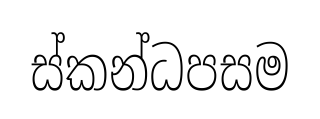
ස්කන්ධපසම